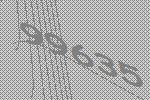
99635